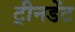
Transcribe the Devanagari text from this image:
ट्रीनडेंट